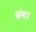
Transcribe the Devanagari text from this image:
बंग।